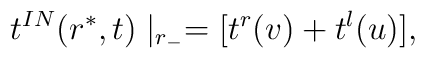
t^{IN}(r^*,t)\mid_{r_-} = [t^{r}(v) + t^{l}(u)],